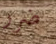
ضرر